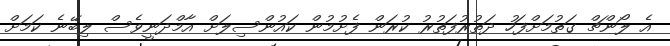
އެ ލޯންޗް ގަތުމަށްފަހު ދަތުރުފަތުރު ކުރަން ފެށުމުން ކައުންސިލަށް އާމްދަނީވެސް ލިބޭނެ ކަމަށް